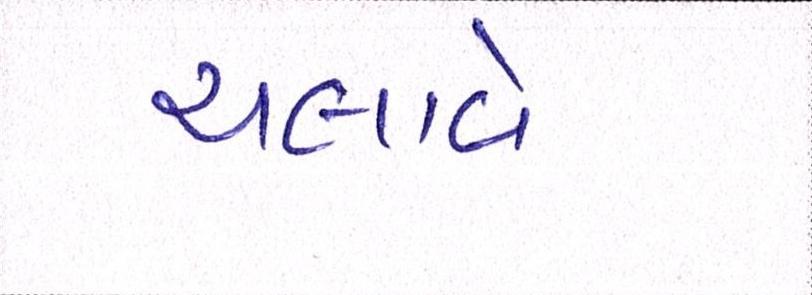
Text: ચલાવે